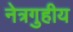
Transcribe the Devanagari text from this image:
नेत्रगुहीय